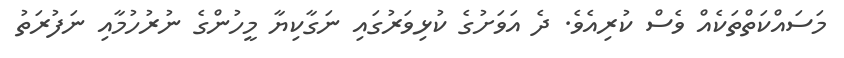
މަސައްކަތްތަކެއް ވެސް ކުރިއެވެ. ދެ އަވަށުގެ ކުޅިވަރުގައި ނަގާކިޔާ މީހުންގެ ނުރުހުމާއި ނަފުރަތު